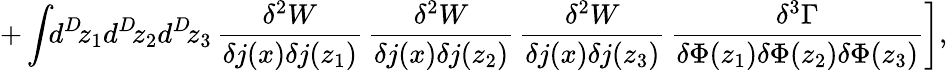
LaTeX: +\int\! \! d^{D}\! z_{1}d^{D}\! z_{2}d^{D}\! z_{3}\left.\frac{\delta^{2}W}{\delta j(x)\delta j(z_{1})}\, \frac{\delta^{2}W}{\delta j(x)\delta j(z_{2})}\, \frac{\delta^{2}W}{\delta j(x)\delta j(z_{3})}\, \frac{\delta^{3}\Gamma}{\delta\Phi(z_{1})\delta\Phi(z_{2})\delta\Phi(z_{3})}\right],